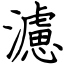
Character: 濾